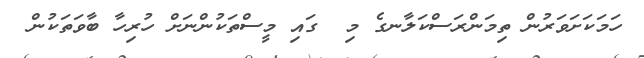
ހަމަކަށަވަރުން ތިމަންރަސްކަލާނގެ މި  ގައި މީސްތަކުންނަށް ހުރިހާ ބާވަތަކުން